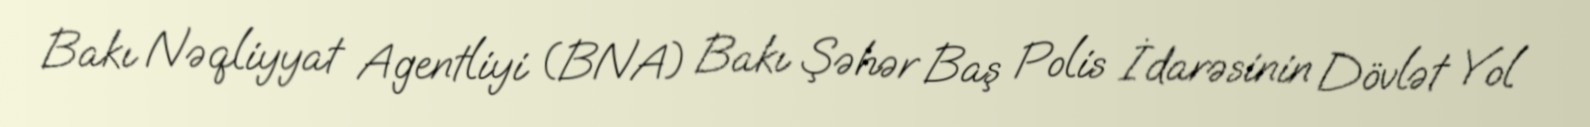
Bakı Nəqliyyat Agentliyi (BNA) Bakı Şəhər Baş Polis İdarəsinin Dövlət Yol